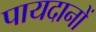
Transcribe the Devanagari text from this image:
पायदानों